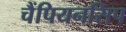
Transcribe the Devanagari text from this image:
चैंपियनसिप